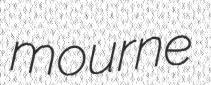
mourne